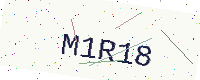
Text: M1R18